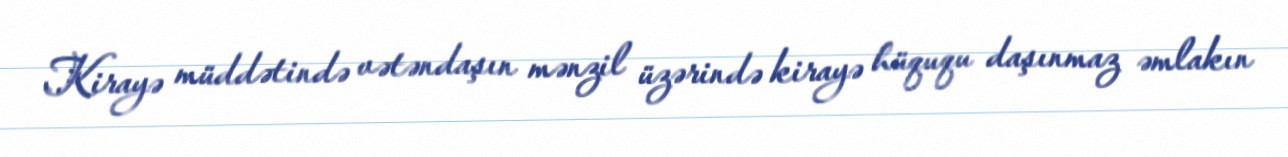
Kirayə müddətində vətəndaşın mənzil üzərində kirayə hüququ daşınmaz əmlakın